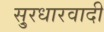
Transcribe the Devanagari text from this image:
सु्रधारवादी